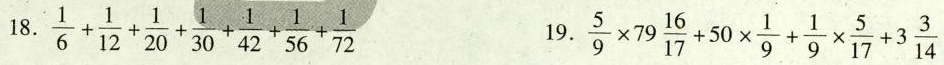
18. $$\frac{1}{6}+ \frac{1}{12}+ \frac{1}{20}+ \frac{1}{30}+ \frac{1}{42}+ \frac{1}{56}+ \frac{1}{72}$$ 19. $$\frac{5}{9}\times 79 \frac{16}{17}+50 \times \frac{1}{9}+ \frac{1}{9}\times \frac{5}{17}+3 \frac{3}{14}$$